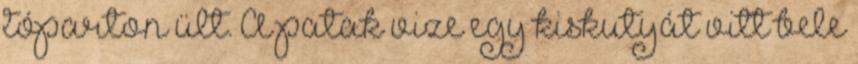
tóparton ült. A patak vize egy kiskutyát vitt bele